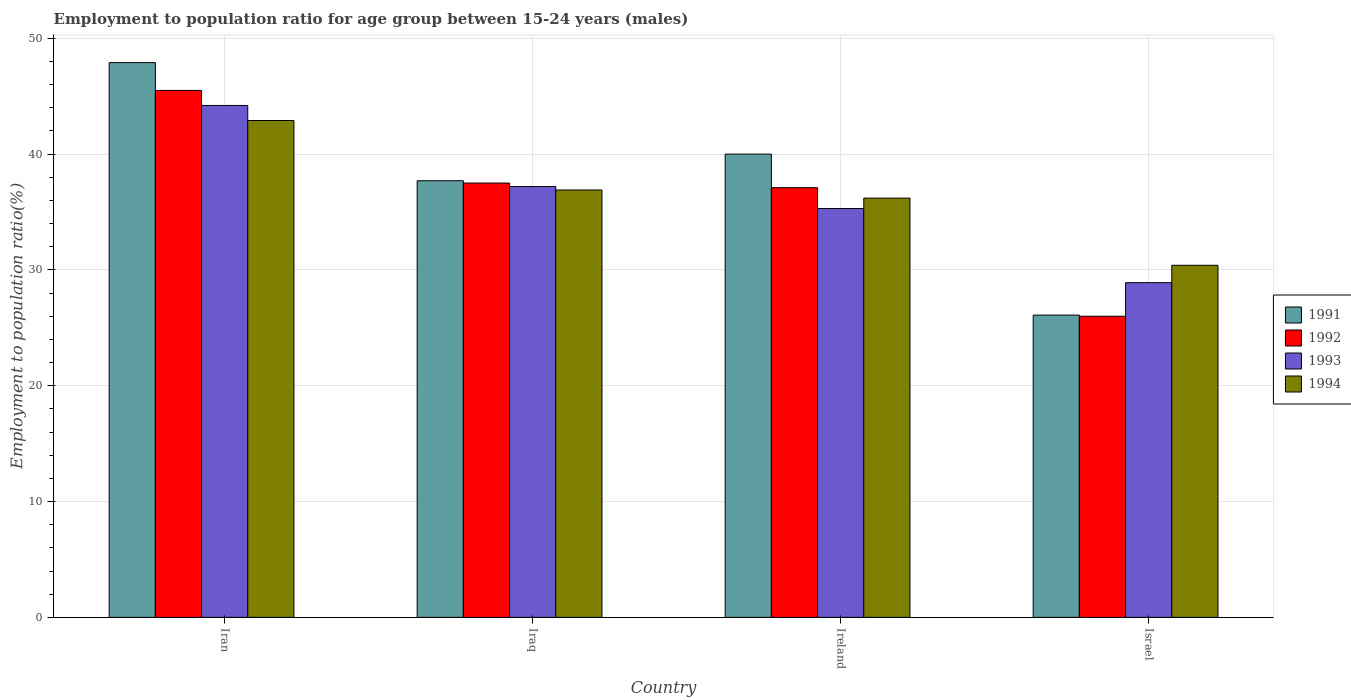
| Country | 1991 | 1992 | 1993 | 1994 |
 | --- | --- | --- | --- | --- |
 | Iran | 47.9 | 45.5 | 44.2 | 42.9 |
 | Iraq | 37.7 | 37.5 | 37.2 | 36.9 |
 | Ireland | 40 | 37.1 | 35.3 | 36.2 |
 | Israel | 26.1 | 26 | 28.9 | 30.4 |